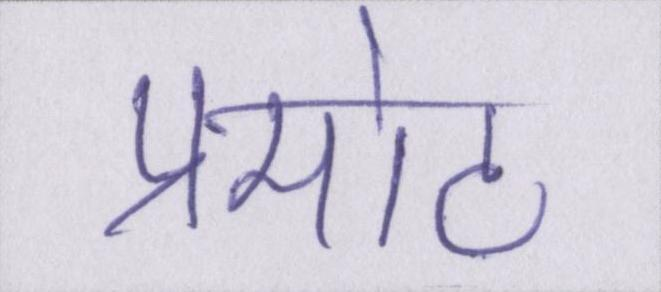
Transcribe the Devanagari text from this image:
प्रमोट